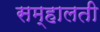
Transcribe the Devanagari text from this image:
सम्हालती